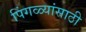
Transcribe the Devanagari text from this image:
पिंगळ्यांसाठी